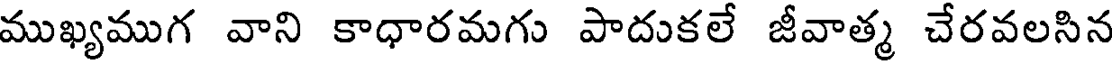
ముఖ్యముగ వాని కాధారమగు పాదుకలే జీవాత్మ చేరవలసిన